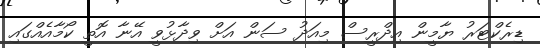
ޑިރެކްޓަރު ޔާމީން އިދްރީސް މިއަދު ސަން އަށް ވިދާޅުވީ އޭނާ އޮތީ ކޯމާއެއްގައި